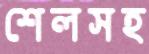
শেলসহ